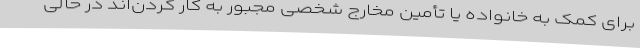
برای کمک به خانواده یا تأمین مخارج شخصی مجبور به کار کردن‌اند در حالی